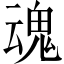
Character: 魂